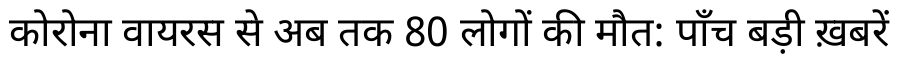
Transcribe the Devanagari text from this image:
कोरोना वायरस से अब तक 80 लोगों की मौत: पाँच बड़ी ख़बरें